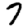
Digit: 7